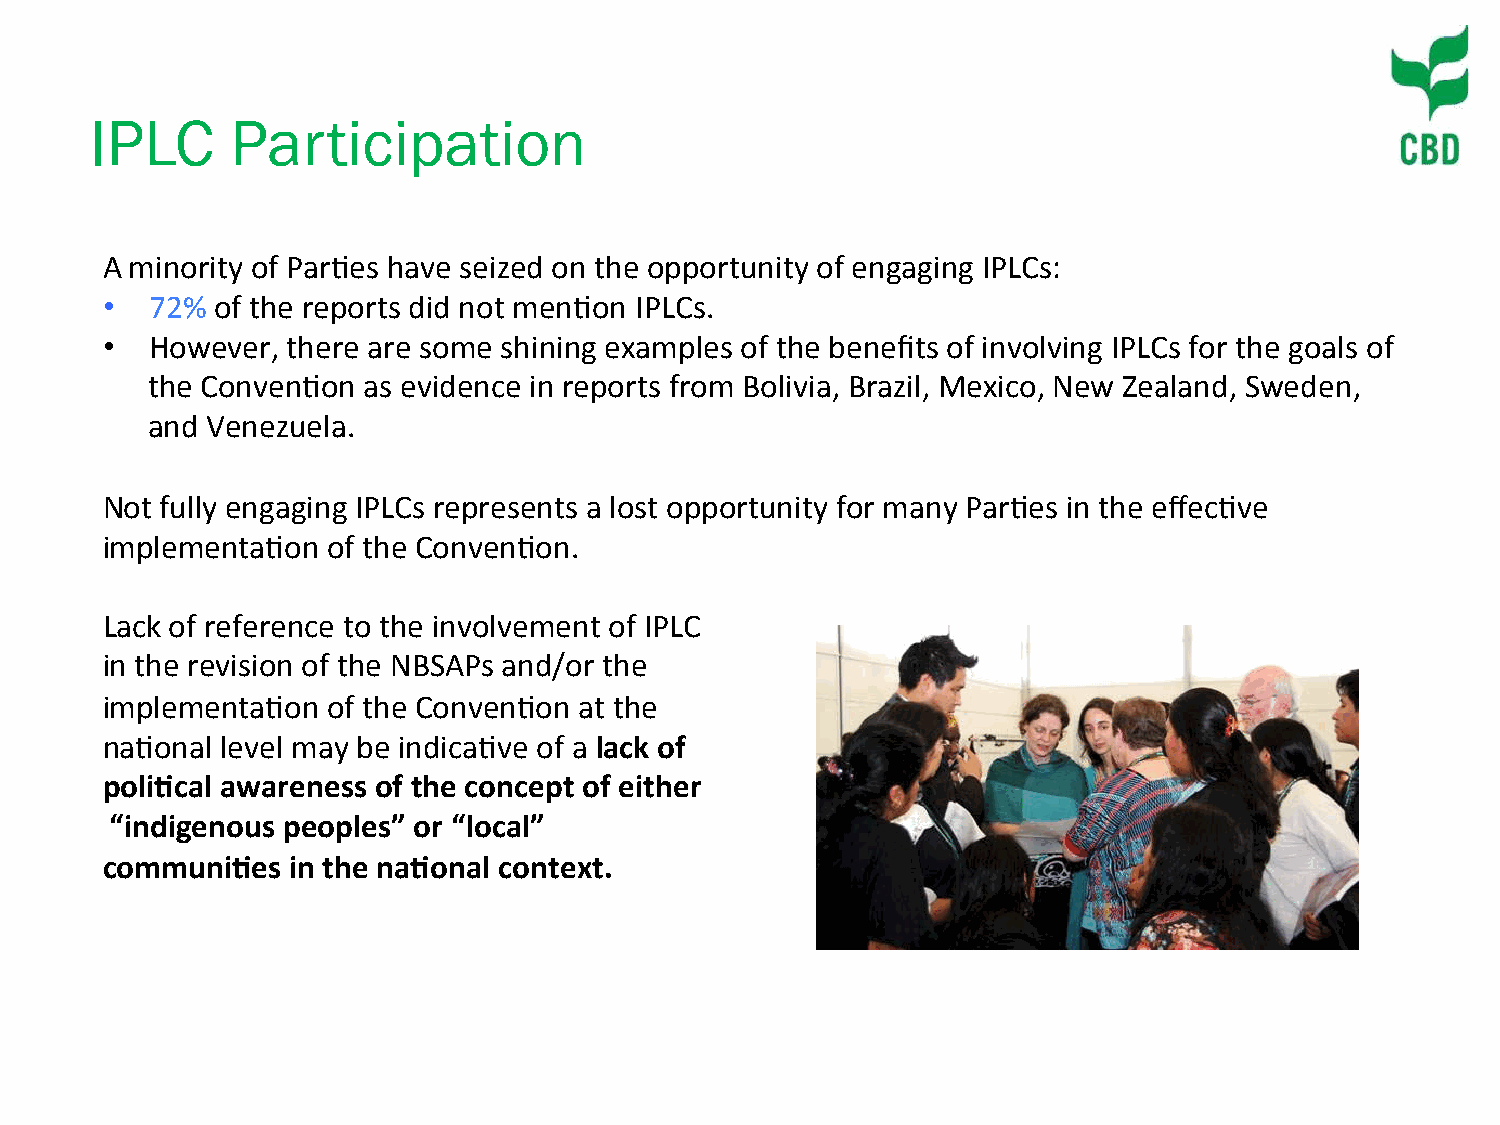
IPLC     Participation
 A minority of Par)es have seized on the opportunity of engaging IPLCs:
 •  72% of the reports did not men)on IPLCs.
 •  However, there are some shining examples of the benefits of involving IPLCs for the goals of
 the Conven)on as evidence in reports from Bolivia, Brazil, Mexico, New Zealand, Sweden,
 and Venezuela.
 Not fully engaging IPLCs represents a lost opportunity for many Par)es in the effec)ve
 implementa)on  of the Conven)on.
 Lack of reference to the involvement of IPLC
 in the revision of the NBSAPs and/or the
 implementa)on  of the Conven)on at the
 na)onal level may be indica)ve of a lack of
 poli-cal awareness of the concept of either
 “indigenous peoples” or “local”
 communi-es  in the na-onal context.